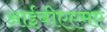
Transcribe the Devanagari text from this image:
आईबीएएमए